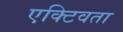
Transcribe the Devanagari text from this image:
एक्टिवता